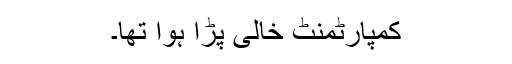
کمپارٹمنٹ خالی پڑا ہوا تھا۔